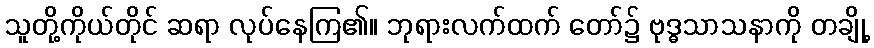
သူတို့ကိုယ်တိုင် ဆရာ လုပ်နေကြ၏။ ဘုရားလက်ထက် တော်၌ ဗုဒ္ဓသာသနာကို တချို့